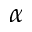
\alpha